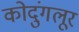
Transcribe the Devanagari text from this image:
कोदुंगलूर